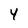
Character: Y